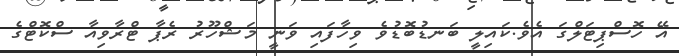
އޭ ހޮސްޕިޓަލްގަ އެވެ.ކައިލީ ބަނޑުބޮޑުވެ ވިހާފައި ވަނީ މަޝްހޫރު ރެޕާ ޓްރާވިއާ ސްކޮޓްގެ